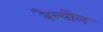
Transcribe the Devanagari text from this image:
बैल्योल